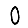
Digit: 0